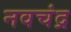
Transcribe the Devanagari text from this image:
नवचंद्र